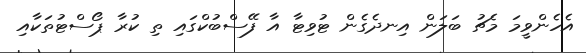
އެހެންވީމަ މެޗު ބަލަން އިނދެގެން ޓުވިޓާ އާ ފޭސްބުކްގައި ތި ކުރާ ޕޯސްޓުތަކާއި